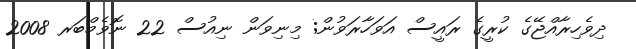
ދިވެހިރާއްޖޭގެ ކުރީގެ ރައީސް އަވަހާރަވުން; މިނިވަން ނިއުސް 22 ނޮވެމްބަރ 2008